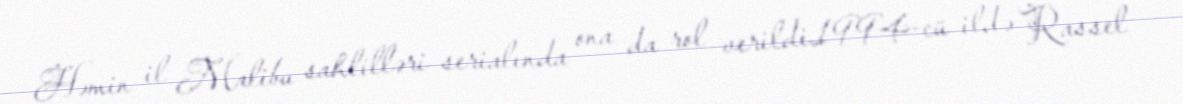
Həmin il Malibu sahlilləri serialında ona da rol verildi.1994-cü ildə Rassel